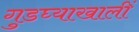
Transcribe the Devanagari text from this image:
गुडघ्याखालीं